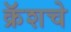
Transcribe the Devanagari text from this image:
क्रॅशचे